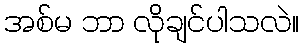
အစ်မ ဘာ လိုချင်ပါသလဲ။